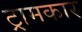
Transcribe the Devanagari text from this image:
ट्रामकार